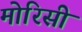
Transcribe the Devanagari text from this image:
मोरिसी